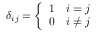
\delta _ { i j } = { \left\{ \begin{array} { l l } { 1 } & { i = j } \\ { 0 } & { i \not = j } \end{array} \right. }